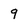
Character: 9